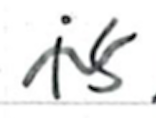
Text: is
Cross-out: wave
Writing tool: ballpoint